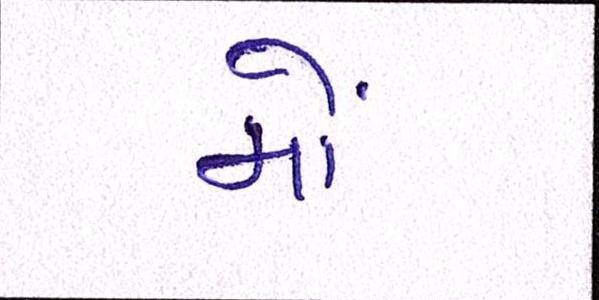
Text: મોં